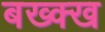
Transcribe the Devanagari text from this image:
बख्क्ख